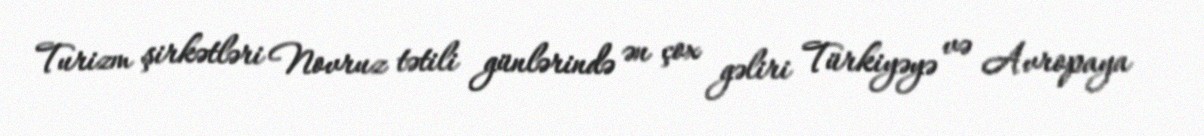
Turizm şirkətləri Novruz tətili günlərində ən çox gəliri Türkiyəyə və Avropaya